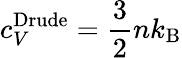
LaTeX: c_{V}^{\mathrm{Drude}}={\frac{3}{2}}nk_{\mathrm{{B}}}